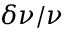
\delta \nu / \nu